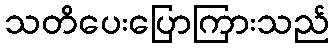
သတိပေးပြောကြားသည်